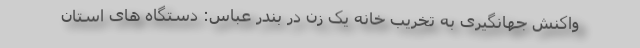
واکنش جهانگیری به تخریب خانه یک زن در بندر عباس: دستگاه های استان